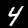
Digit: 4